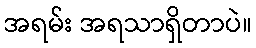
အရမ်း အရသာရှိတာပဲ။